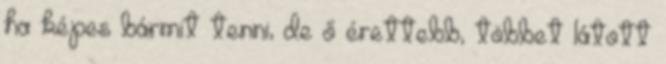
ha képes bármit tenni, de ő érettebb, többet látott